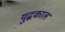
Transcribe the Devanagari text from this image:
युद्घकाल